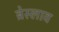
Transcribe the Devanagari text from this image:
ब्रेस्लाव